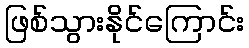
ဖြစ်သွားနိုင်ကြောင်း